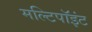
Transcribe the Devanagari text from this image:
मल्टिपॉइंट